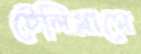
টেলিগ্রামে